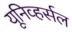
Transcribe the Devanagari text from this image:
यूनिव्हर्सल